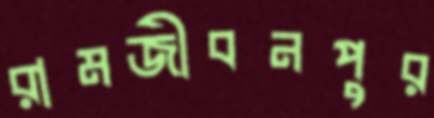
রামজীবনপুর